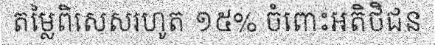
តម្លៃពិសេសរហូត ១៥% ចំពោះអតិថិជន